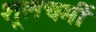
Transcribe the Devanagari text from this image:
शूलचर्मी